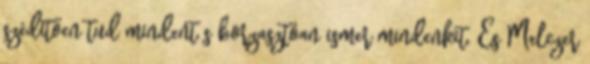
szédítően tud mindent s borzasztóan ismer mindenkit. És Melczer